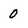
Character: 0